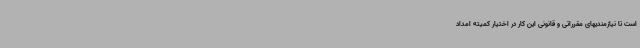
است تا نیازمندیهای مقرراتی و قانونی این کار در اختیار کمیته امداد